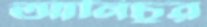
আনিচুর